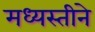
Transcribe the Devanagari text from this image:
मध्यस्तीने